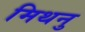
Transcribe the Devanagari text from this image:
मिथनु